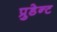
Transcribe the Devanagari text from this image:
प्रुडेन्ट